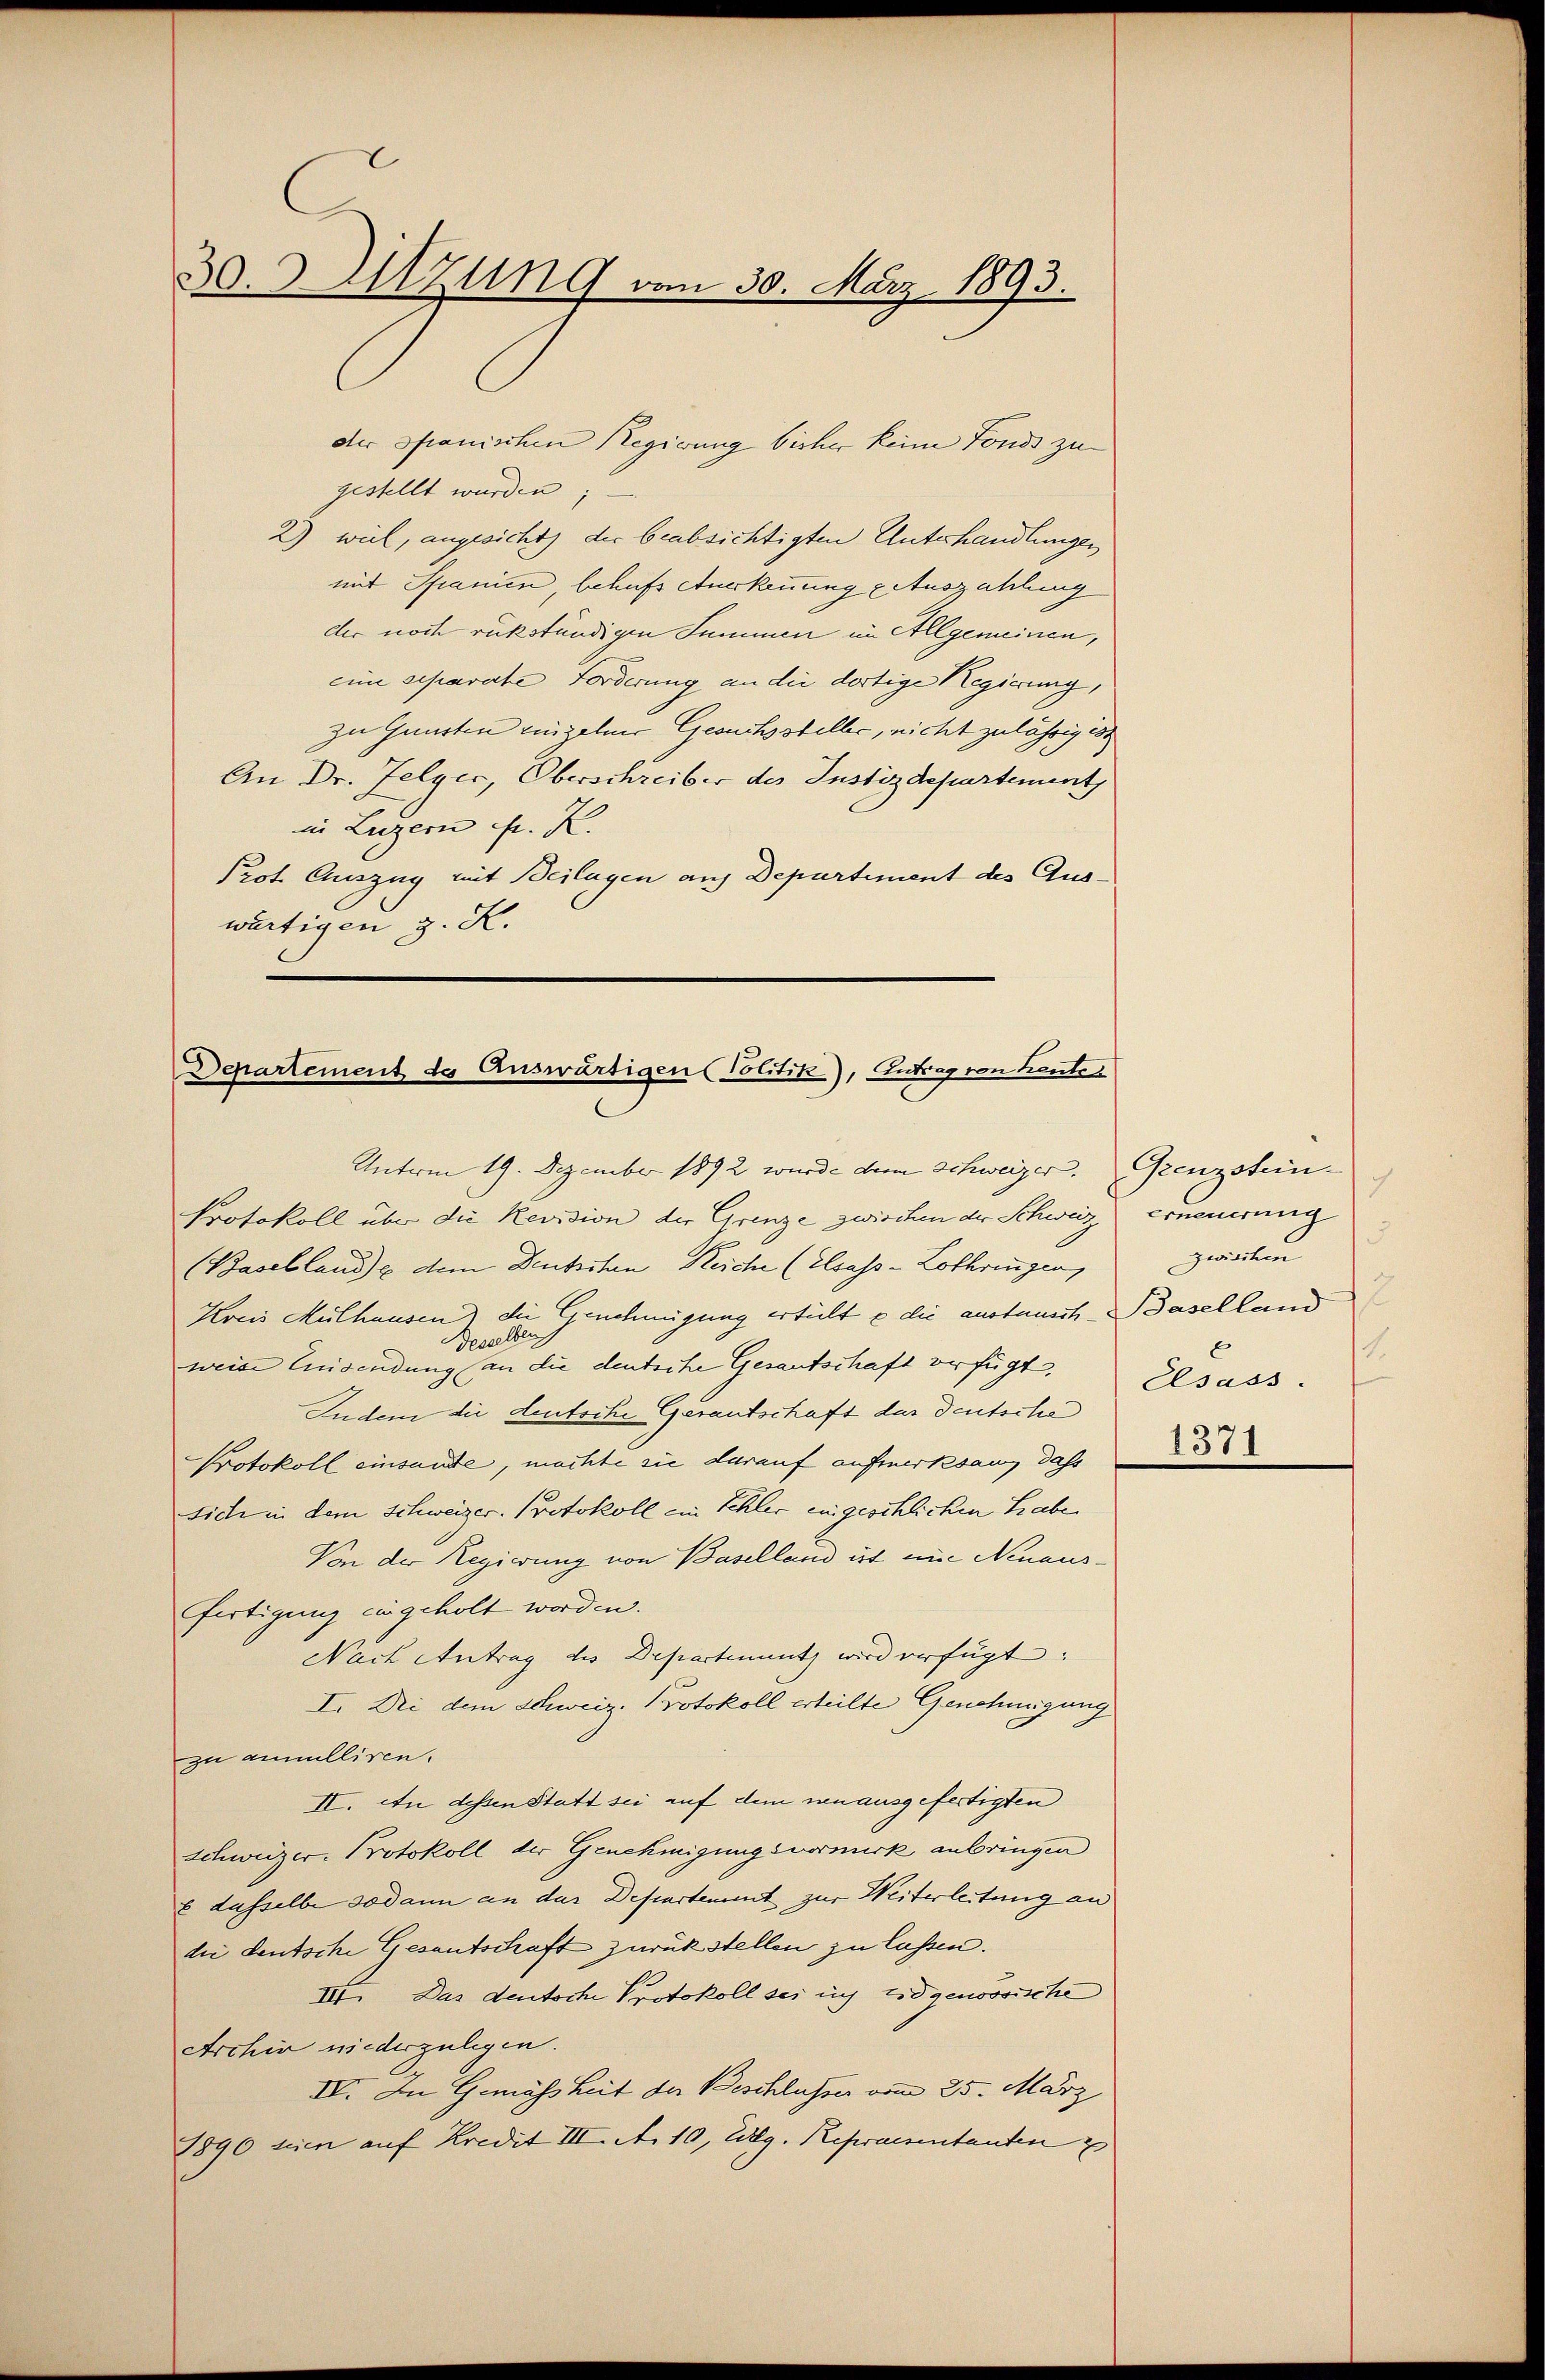
30. Sitzung vom 30. März 1893.

der ofianischen Regierung bisher keine Fonds zu
gestellt wurden,
2) weil, angesicht, der beabsichtigten Unterhandlungen,
mit Spanien behufs Aurkennung Auszahlung
der noch rükständigen Summen im Allgemeinen,
eine separate Forderung an die dortige Regierung,
zu Gunsten einzelner Gesuchssteller, nicht zulässig ist
An Dr. Jelyer, Oberschreiber des Instizdepartement
in Luzern fr. R.
Prot. Auszug mit Beilagen auf Departement des Auswärtigen z. K.

Departement de Auswärtigen (Politik), Eintrag/Antrag von heute

Unterm 19. Dezember 1892 wurde dem Schweizer. Grenzstein-
Protokoll über die Revision der Grenze zwischen der Schweiz, erneuerung
1
(Basellande dem Deutschen Gleiche (Elsass-Lothringen,
Kreis Mülhausen) die Genehmigung erteilt & die austaunt, Baselland
elben
See
weise Eisendung (an die deutsche Gesantschaft verfügt,
Indem die deutsche Garantschaft des Deutsche
Protokoll einsandte, machte sie darauf aufmerksang dass
sich in dem Schweizer. Protokoll ein Schler eingeschlichen habe
Von der Regierung von Baselland ist nie Nenausfertigung eingeholt worden.
Nach Antrag des Departenuntz wird verfügt:
I. Dei dem Schweiz. Protokoll erteilte Genehmigung
zu annulliren.
II. In dessen Statt sei auf dem neu ausgefertigten
Schweizer. Protokoll der Genehmigungsvormuck anbringen
8 dasselbe sodann an das Departement zur Weiterleitung an
die deutsche Gesantschaft zurückstellen zu lassen.
III. Das deutsche Protokoll sei ich Eidgenössische
Archin niederzulegen.
IV. In Gemäsheit der Beschlusser vom 25. März
1890 seien auf Kredit III. A. 10, Weg. Repraesentanten

7
5
zwicken
1.
Elsass.
1371